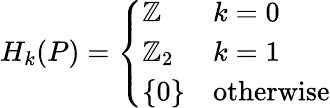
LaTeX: H_{k}(P)={\left\{ \begin{array}{ll}{\mathbb{Z}}&{k=0}\\ {\mathbb{Z}_{2}}&{k=1}\\ {\{ 0\} }&{{\mathrm{otherwise}}}\end{array}\right.}